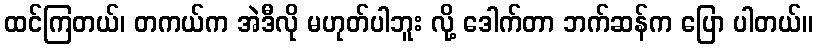
ထင်ကြတယ်၊ တကယ်က အဲဒီလို မဟုတ်ပါဘူး လို့ ဒေါက်တာ ဘက်ဆန်က ပြော ပါတယ်။